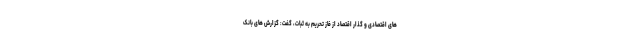
های اقتصادی و گذار اقتصاد از فاز تحریم به ثبات، گفت: گزارش های بانک